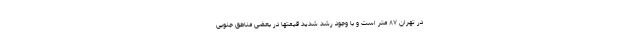
در تهران ۸۷ متر است و با وجود رشد شدید قیمتها در بعضی مناطق جنوبی